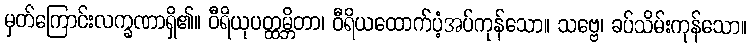
မှတ်ကြောင်းလက္ခဏာရှိ၏။ ဝီရိယုပတ္ထမ္ဘိတာ၊ ဝီရိယထောက်ပံ့အပ်ကုန်သော။ သဗ္ဗေ၊ ခပ်သိမ်းကုန်သော။